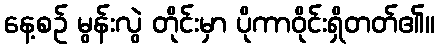
နေ့စဉ် မွန်းလွဲ တိုင်းမှာ ပိုကာဝိုင်းရှိတတ်၏။